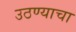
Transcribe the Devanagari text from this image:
उठण्याचा